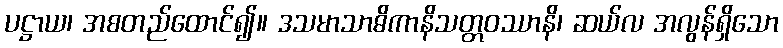
ပဋ္ဌာယ၊ အစတည်ထောင်၍။ ဒသမာသာဓိကာနိသတ္တဝဿာနိ၊ ဆယ်လ အလွန်ရှိသော